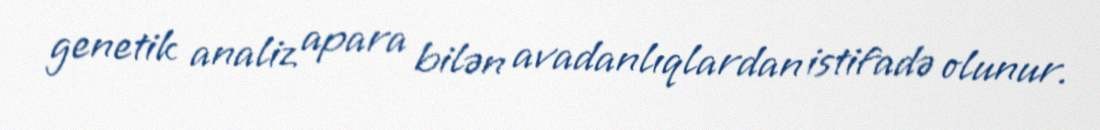
genetik analiz apara bilən avadanlıqlardan istifadə olunur.